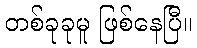
တစ်ခုခုမူ ဖြစ်နေပြီ။